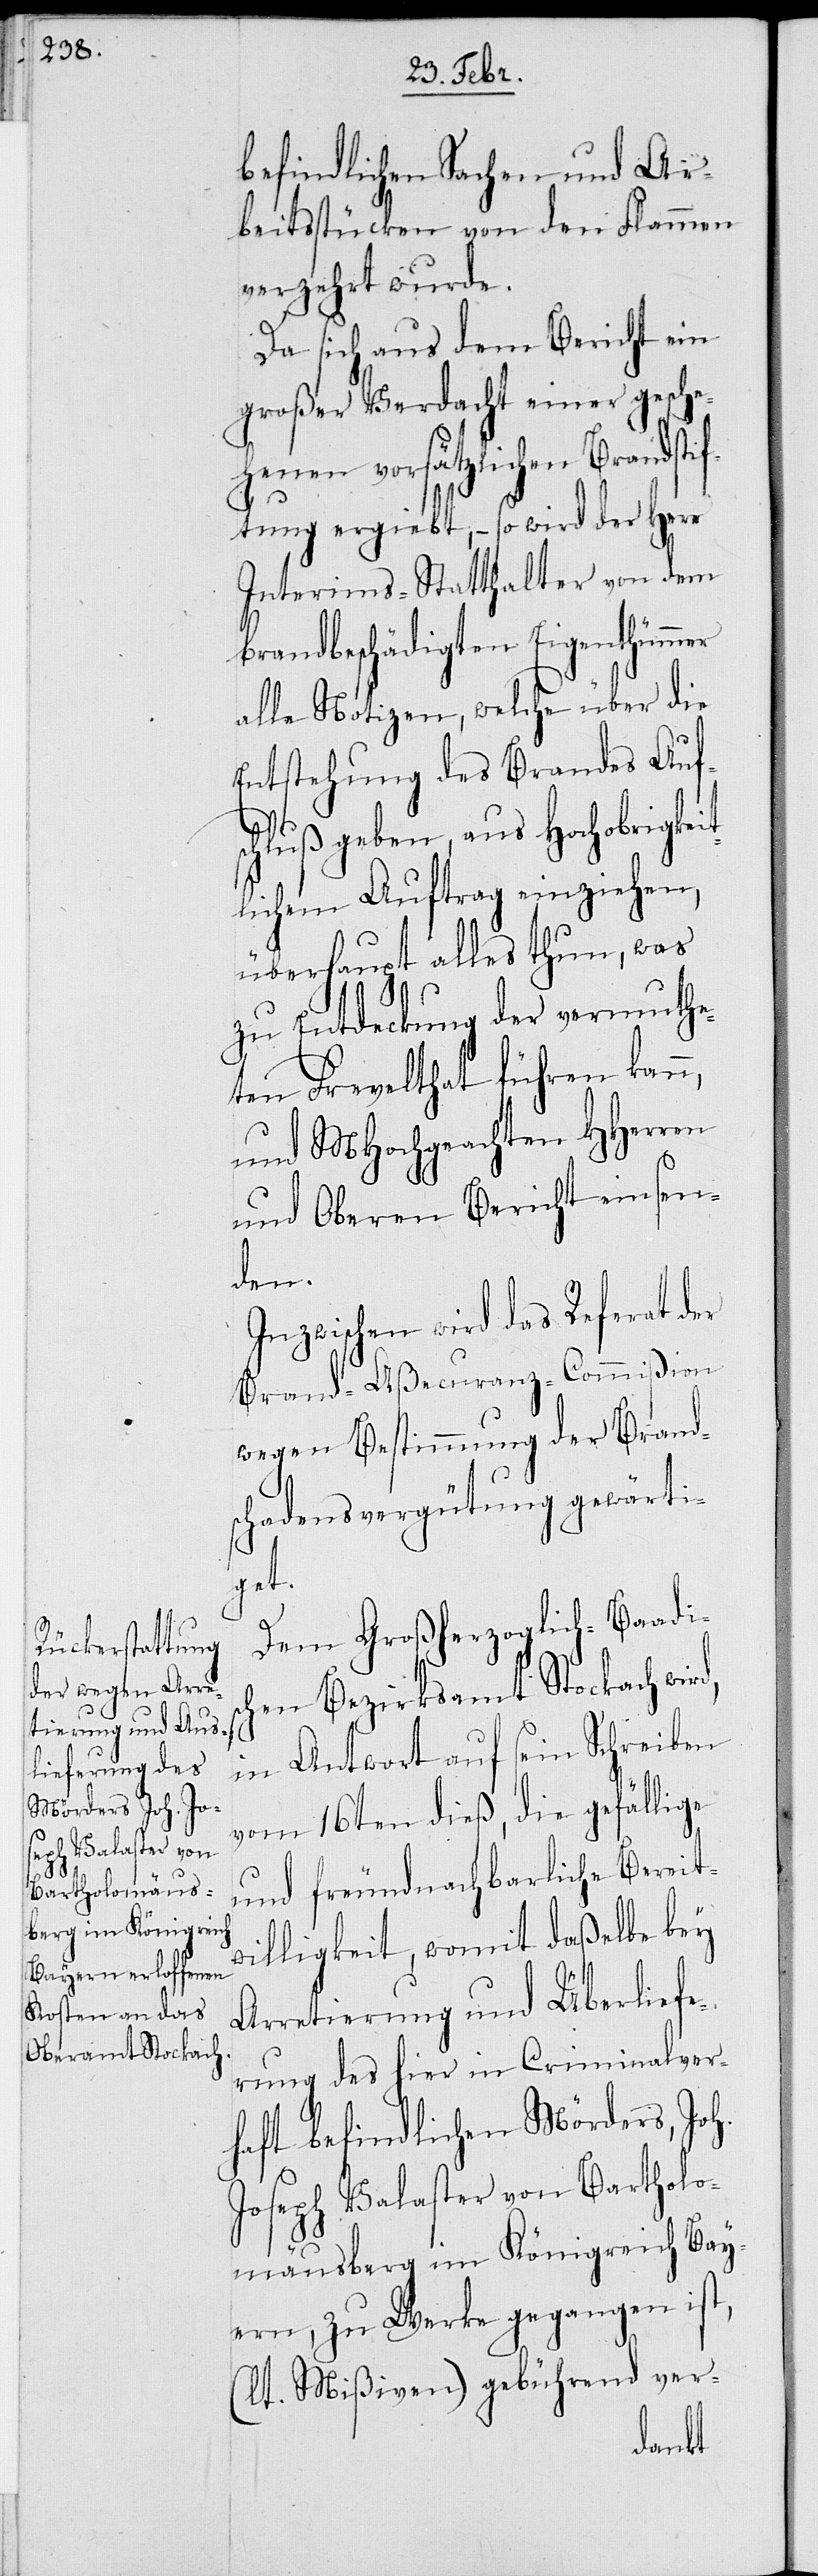
befindlichen Sachen und Ar¬
beitsstücken von den Flammen
verzehrt wurde.
Da sich aus dem Bericht ein
großer Verdacht einer gesche¬
henen vorsätzlichen Brandst¬
iftung ergiebt, – so wird der Herr
Interims-Statthalter von dem
brandbeschädigten Eigenthümer
alle Notizen, welche über die
Entstehung des Brandes Auf¬
schluß geben, aus Hochobrigkeit¬
lichem Auftrag einziehen,
überhaupt alles thun, was
zu Entdeckung der vermuthe¬
ten Frevelthat führen kann,
und MHochgeachten HHerren
Inzwischen wird das Referat der
Brand-Aßecuranz-Commißion
wegen Bestimmung der Brands¬
chadensvergütung gewärti¬
get.
Dem Großherzoglich-Baadis¬
chen Bezirksamt Stockach wird,
in Antwort auf sein Schreiben
vom 16ten dieß, die gefällige
und freundnachbarliche Bereit¬
willigkeit, womit daßelbe bey
Arretierung und Überliefe¬
rung des hier in Criminalver¬
haft befindlichen Mörders, Joh.
Joseph Valaster von Bartholo¬
mäusberg im Königreich Bay¬
ern, zu Werke gegangen ist,
(lt. Mißiven) gebührend ver-